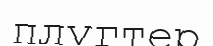
плугтер